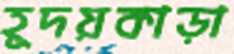
হূদয়কাড়া